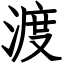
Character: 渡